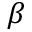
\beta